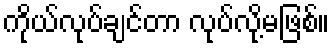
ကိုယ်လုပ်ချင်တာ လုပ်လို့မဖြစ်။